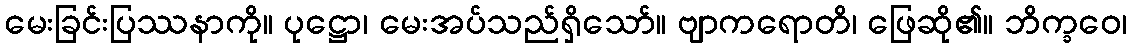
မေးခြင်းပြဿနာကို။ ပုဋ္ဌော၊ မေးအပ်သည်ရှိသော်။ ဗျာကရောတိ၊ ဖြေဆို၏။ ဘိက္ခဝေ၊